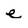
Character: e